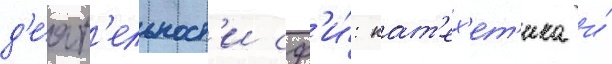
д'е́ят'ельност'и сф'и́: кат'ех'ет'ика и́